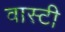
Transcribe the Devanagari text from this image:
वास्टी